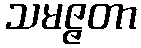
သမဇ္ဇတာ